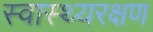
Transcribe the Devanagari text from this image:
स्वास्थ्यरक्षण